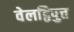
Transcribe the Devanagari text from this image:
वेलट्ठिपुत्त